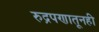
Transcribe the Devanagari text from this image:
रुद्रपणातूनही